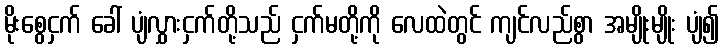
မိုးစွေငှက် ခေါ် ပျံလွှားငှက်တို့သည် ငှက်မတို့ကို လေထဲတွင် ကျင်လည်စွာ အမျိုးမျိုး ပျံ၍